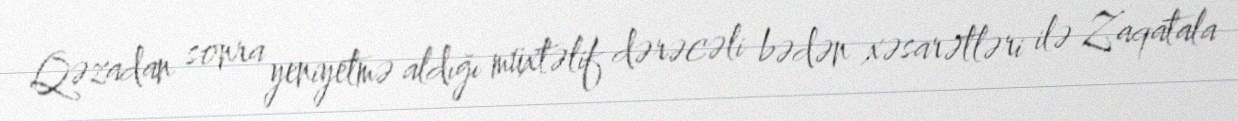
Qəzadan sonra yeniyetmə aldığı müxtəlif dərəcəli bədən xəsarətləri ilə Zaqatala